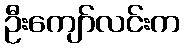
ဦးကျော်လင်းက